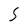
Character: S